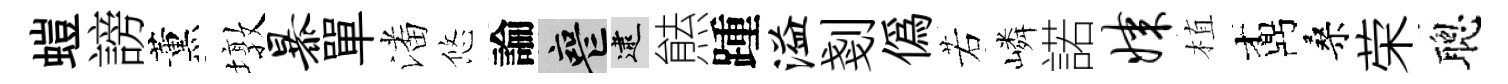
螘謗薰墩暴單潘悠論喪逮㷱踵溢剗偽若嶙諾媒植鼒桑荣聰